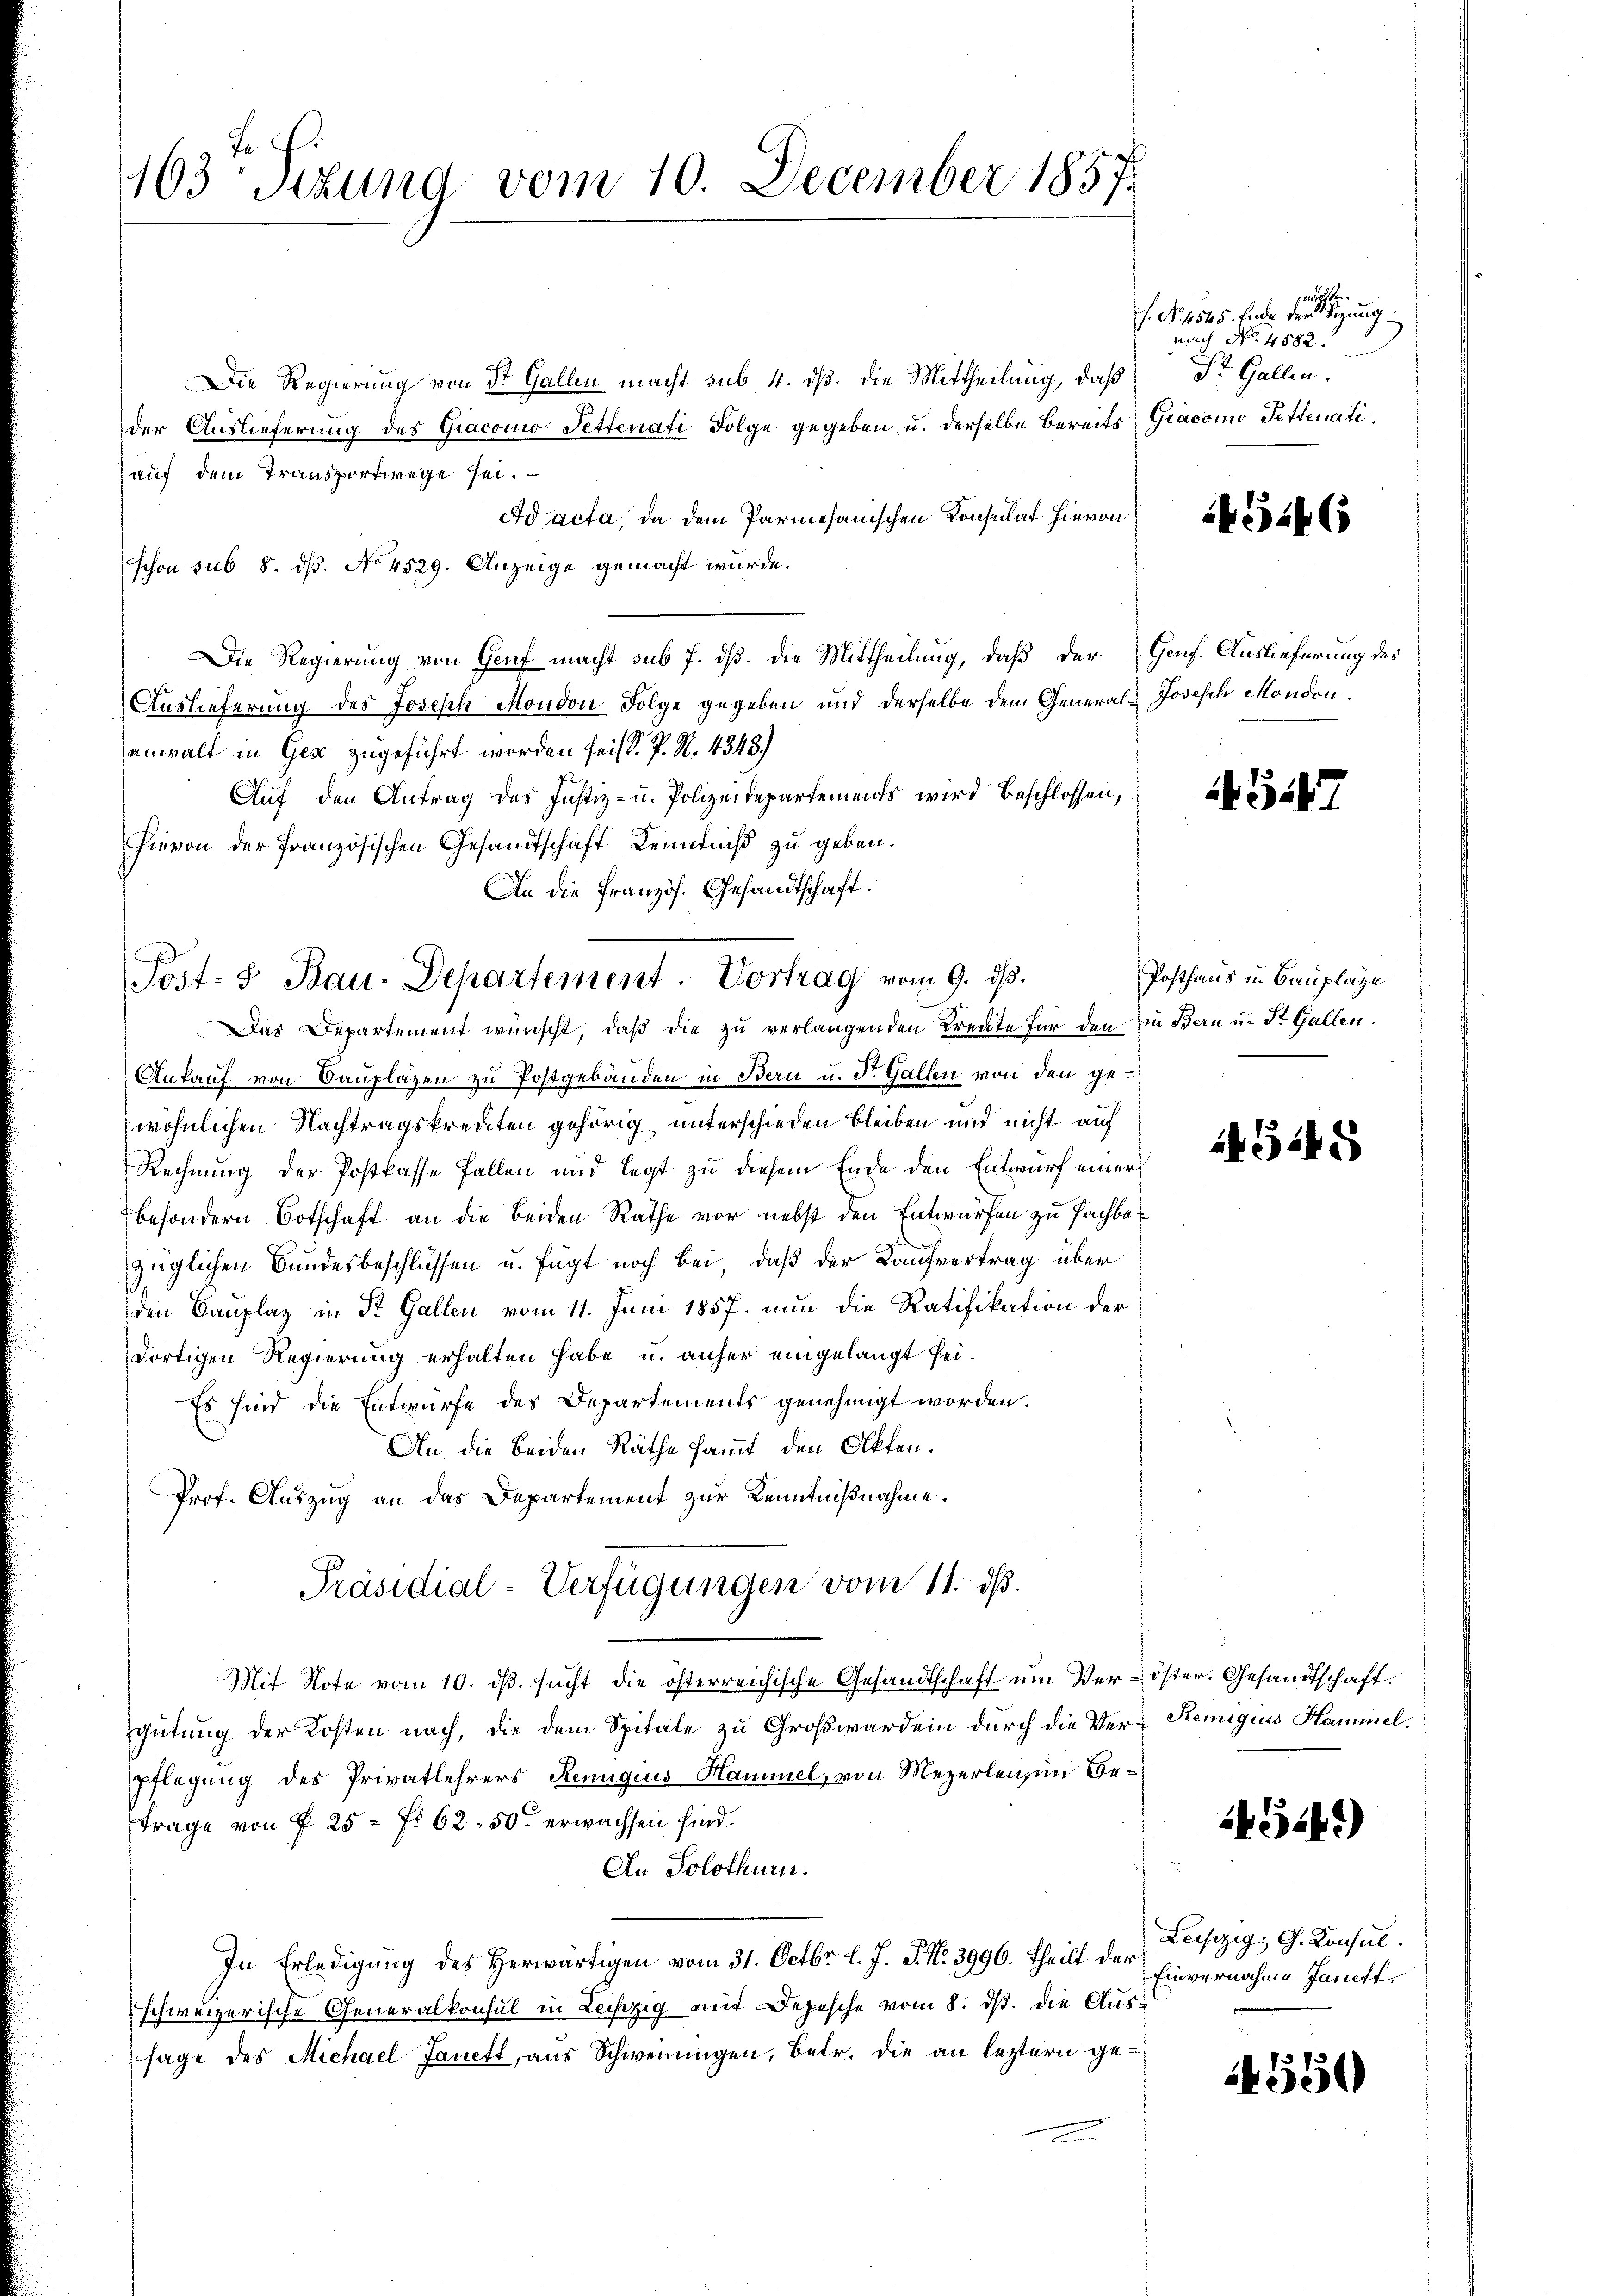
163 Sizung vom 10. December 1857

Die Regierung von St. Gallen macht sub 4. dß. die Mittheilung, daß
der Auslieferung des Giacoino Pettenati Folge gegeben, u. derselbe bereits, Gracomo Fetteratiauf dem Transportwege sei.
Ad acta, da dem Parmesanischen Konsulat hievon
schon sub 8. ds. No 4529. Anzeige gemacht würde.
Die Regierung von Genf macht sub 7. dß. die Mittheilung, daß der Genf Auslieferung des
Auslieferung des Joseph Mondon Folge gegeben und derselbe dem General-Joseph Monden.
anwalt in Gez zugeführt worden sei, V. P. N. 4348)
Auf den Antrag des Justiz- u. Polizeidepartements wird beschlossen,
hievon der französischen Gesandtschaft Kenntniß zu geben.
An die Französ. Gesandtschaft.
Das Departement wünscht, daß die zu verlangenden Kreute für den Ein Bern u. St. Gallen.
Ankauf von Bauplazen zu Postgebäuden in Bern u. Dr. Gallen von den gewöhnlichen Nachtragskrediten gehörig unterschieden bleiben und nicht auf
Rechnung der Postkasse Fallen und legt zu diesem Ende den Entwurf einer
besondern Botschaft an die beiden Rathe vor nebst den Entwürfen zu sachbazüglichen Bundesbeschlüssen u. fügt noch bei, daß der Kaufvertrag über
den Bauplaz in St. Gallen vom 11. Juni 1857. nun die Ratifikation der
dortigen Regierung erhalten habe u. anher eingelangt sei.
Es sind die Entwurfe des Departements genehmigt worden.
An die beiden Räthe sammt den Akten.
Prof. Auszug an das Departement zur Kenntnißnahme.
Präsidial-Verfügungen vom 11. ds.
Mit Note vom 10. ds. sucht die österreichische Gesandtschaft um Ver-Öster. Gesandtschaft.
gütung der Kosten nach, die dem Spitale zu Großwarden durch die Ver- Reiniguis Hammel.
pflegung des Privatlehrers, Remigius Hammel, von Mezerlen in Be¬
Frage von § 25 f. 62. 50 erwachsen sind.
An Solothurn.
In Erledigung des Herwärtigen vom 31. Octbr. l. J. P. Nr. 3996. Theilt der Einvernahme Janett,
schweizerische Generalkonsul in Leipzig mit Depesche vom 8. ds. die Aussage des Michael Janett, aus Schwerungen, betr. die an leztern ge¬

Post- 5. Bau-Departement. Vortrag vom 9. ds.

bezeichen
f. No. 4545. Ende der Sitzung
nach No. 4582.
St. Gallen.

1434 (

45447

Posthaus in Bauplaze

4545

4514.)

Leipzig, G. Konsul

4550